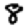
Digit: 8